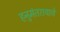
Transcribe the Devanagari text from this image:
हनुमंतरायाचे